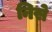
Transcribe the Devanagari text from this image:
निसे